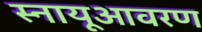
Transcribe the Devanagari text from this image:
स्नायूआवरण